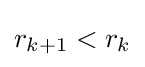
r_{k+1}<r_{k}